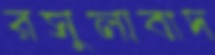
রসুলাবাদ